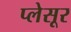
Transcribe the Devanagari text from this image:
प्लेसूर